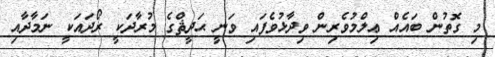
މި ގޮތުން ބައެއް ޢިލްމުވެރިން ވިދާޅުވެފައި ވަނީ ޙަދީޘްގެ މުރާދަކީ ރޯދައަކީ ނަމާދާއި